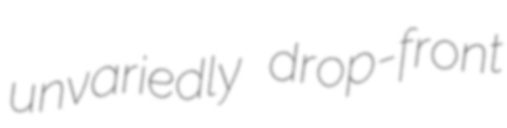
unvariedly drop-front